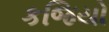
કજિયો